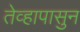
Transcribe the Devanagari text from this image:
तेव्हापासुन